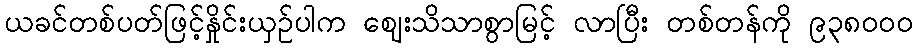
ယခင်တစ်ပတ်ဖြင့်နှိုင်းယှဉ်ပါက ဈေးသိသာစွာမြင့် လာပြီး တစ်တန်ကို ၉၃၈၀၀၀